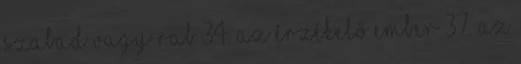
Szabad vagy rab 34. Az érzékelő ember 37. Az